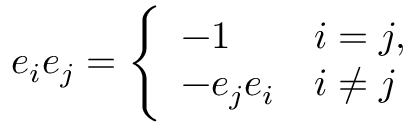
e _ { i } e _ { j } = { \Bigg \{ } { \begin{array} { l l } { - 1 } & { i = j , } \\ { - e _ { j } e _ { i } } & { i \not = j } \end{array} }